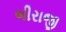
બીરાજી